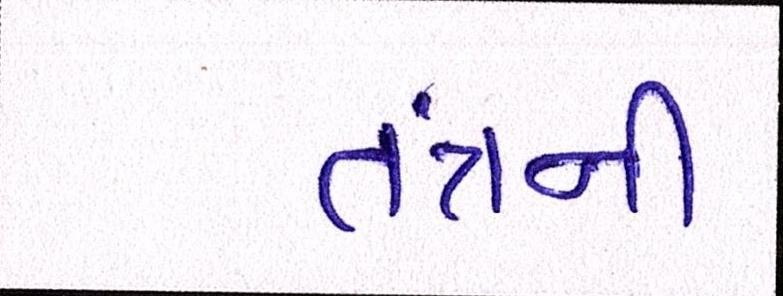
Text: તંત્રની